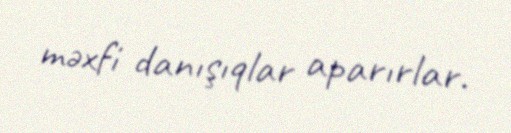
məxfi danışıqlar aparırlar.